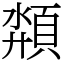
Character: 頮